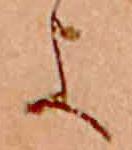
よ